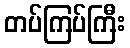
တပ်ကြပ်ကြီး